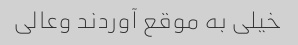
خیلی به موقع آوردند وعالی